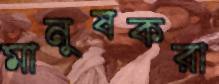
মানুষকরা